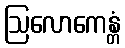
ဩလောကေန္တံ